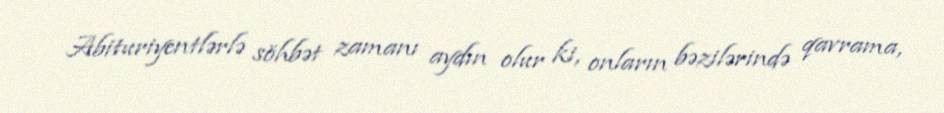
Abituriyentlərlə söhbət zamanı aydın olur ki, onların bəzilərində qavrama,